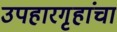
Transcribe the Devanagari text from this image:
उपहारगृहांचा